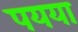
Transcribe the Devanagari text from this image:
पयया